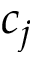
c _ { j }